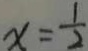
x = \frac { 1 } { 2 }